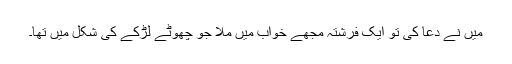
میں نے دعا کی تو ایک فرشتہ مجھے خواب میں ملا جو چھوٹے لڑکے کی شکل میں تھا۔